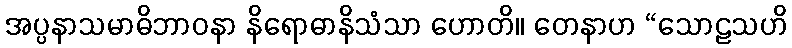
အပ္ပနာသမာဓိဘာဝနာ နိရောဓာနိသံသာ ဟောတိ။ တေနာဟ “သောဠသဟိ